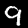
Digit: 9